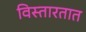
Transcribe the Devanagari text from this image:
विस्तारतात